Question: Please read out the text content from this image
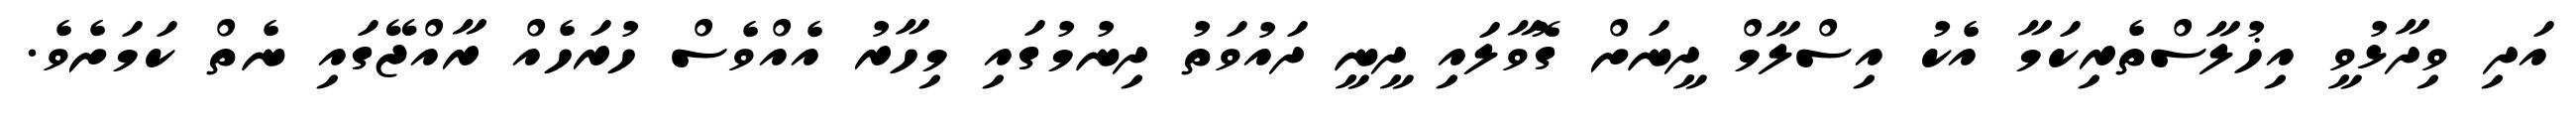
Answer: އަދި ވިދާޅުވީ އިޚުލާސްތެރިކަމާ އެކު އިސްލާމް ދީނަށް ގޮވާލައި ދީނީ ދައުވަތު ދިނުމުގައި މިހާރު އެއްވެސް ހުރަހެއް ރާއްޖޭގައި ނެތް ކަމަށެވެ.